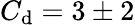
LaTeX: C_{\mathrm{d}}=3\pm2